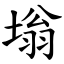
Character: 塕